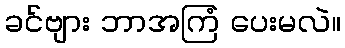
ခင်ဗျား ဘာအကြံ ပေးမလဲ။